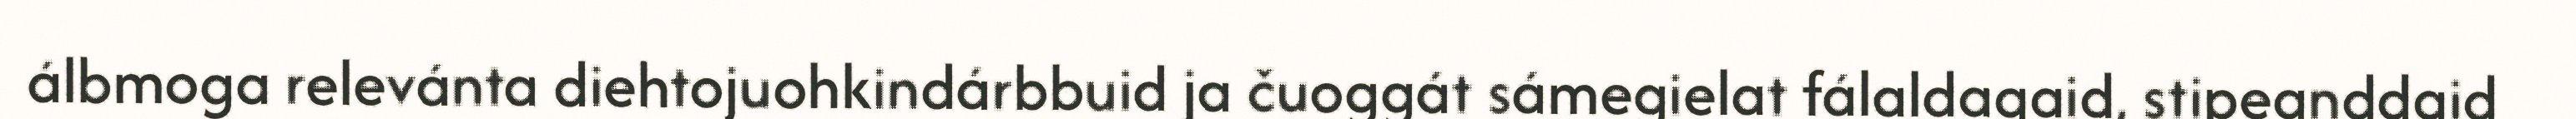
álbmoga relevánta diehtojuohkindárbbuid ja čuoggát sámegielat fálaldagaid, stipeanddaid